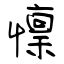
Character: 懍